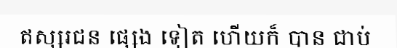
ឥស្សរជន ផ្សេង ទៀត ហើយក៏ បាន ជាប់